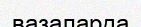
вазаларда